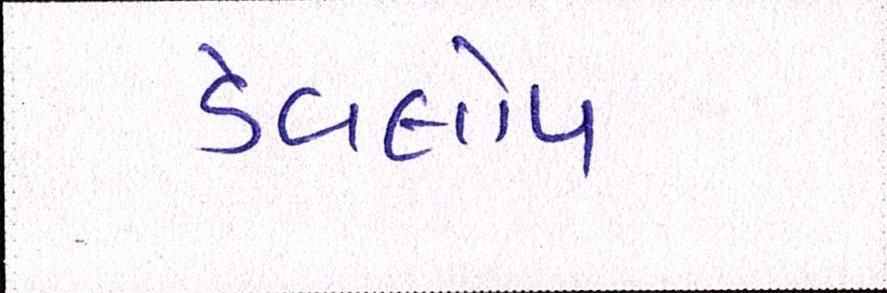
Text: ડેવલોપ